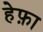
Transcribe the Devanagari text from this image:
हेफ़ा